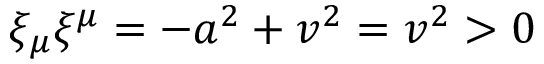
\xi _ { \mu } \xi ^ { \mu } = - a ^ { 2 } + v ^ { 2 } = v ^ { 2 } > 0